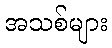
အသစ်များ